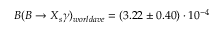
{ \cal { B } } ( B \to X _ { s } \gamma ) _ { w o r l d a v e } = ( 3 . 2 2 \pm 0 . 4 0 ) \cdot 1 0 ^ { - 4 }